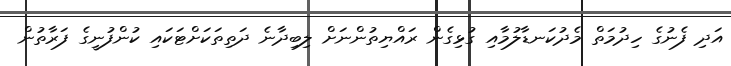
އަދި ފެނުގެ ހިދުމަތް މެދުކަނޑާލުމާއި ގުޅިގެން ރައްޔިތުންނަށް ލިބިދާނެ ދަތިތަކަށްޓަކައި ކުންފުނީގެ ފަރާތުން